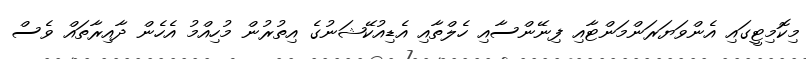
މިކޮމިޓީގައި އެންވަޔަރަންމަންޓާއި ފިނޭންސާއި ހެލްތާއި އެޑިއުކޭޝަނުގެ އިތުރުން މުހިއްމު އެހެން ދާއިރާތައް ވެސް